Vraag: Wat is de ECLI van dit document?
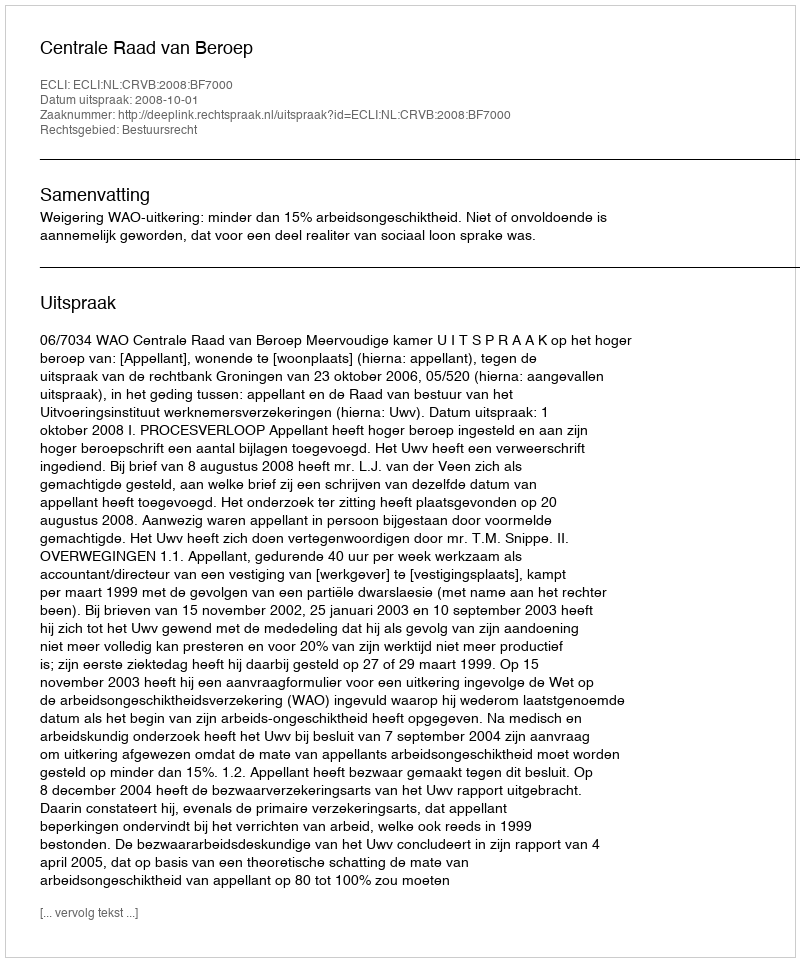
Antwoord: ECLI:NL:CRVB:2008:BF7000